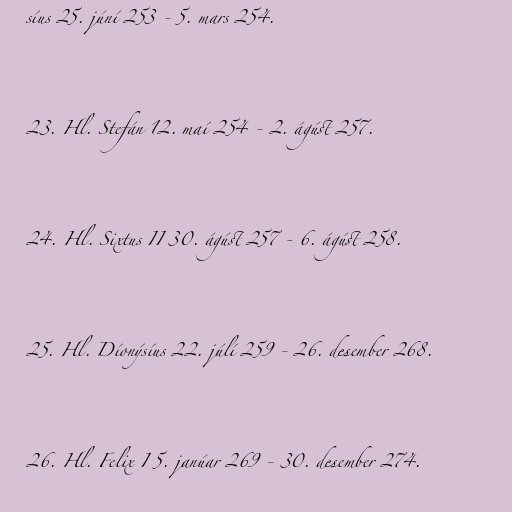
síus 25. júní 253 - 5. mars 254.

23. Hl. Stefán 12. maí 254 - 2. ágúst 257.

24. Hl. Sixtus II 30. ágúst 257 - 6. ágúst 258.

25. Hl. Díonýsíus 22. júlí 259 - 26. desember 268.

26. Hl. Felix I 5. janúar 269 - 30. desember 274.